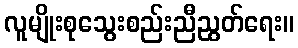
လူမျိုးစုသွေးစည်းညီညွတ်ရေး။